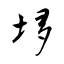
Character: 垑